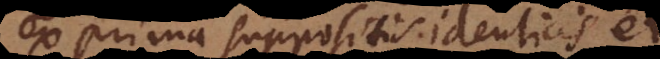
ex prima suppositis identicis et